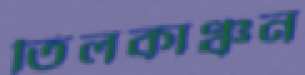
তিলকাঞ্চন